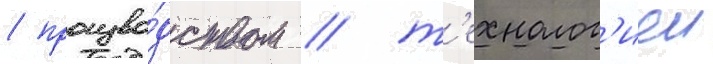
/ произво́дством / т'ехнолог'иеи